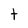
Character: t